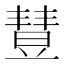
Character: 𣍈